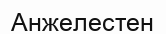
Анжелестен